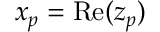
x _ { p } = \operatorname { R e } ( z _ { p } )